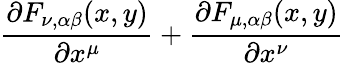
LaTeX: \frac{\partial F_{\nu,\alpha\beta}(x,y)}{\partial x^{\mu}}+\frac{\partial F_{\mu,\alpha\beta}(x,y)}{\partial x^{\nu}}